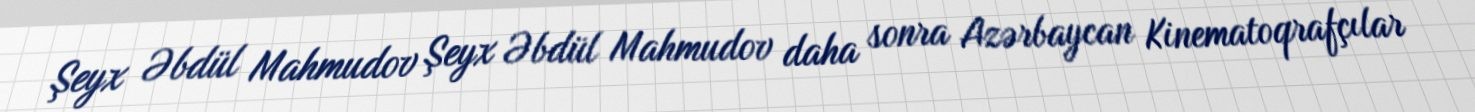
Şeyx Əbdül Mahmudov Şeyx Əbdül Mahmudov daha sonra Azərbaycan Kinematoqrafçılar